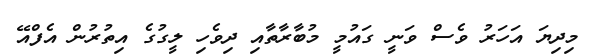
މިދިޔަ އަހަރު ވެސް ވަނީ ގައުމީ މުބާރާތާއި ދިވެހި ލީގުގެ އިތުރުން އެފްއޭ